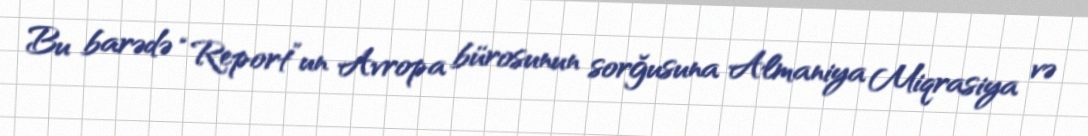
Bu barədə “Report”un Avropa bürosunun sorğusuna Almaniya Miqrasiya və